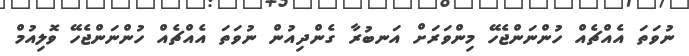
ނުވަތަ އެއްޗެއް ހުންނަންޖެހޭ މިންވަަރަށް އަނބުރާ ގެންދިއުން ނުވަތަ އެއްޗެއް ހުންނަންޖެހޭ ވޮލިއުމް